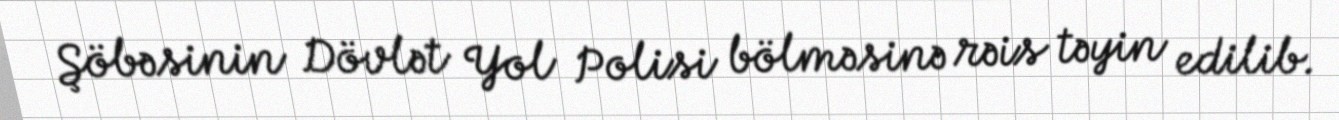
Şöbəsinin Dövlət Yol Polisi bölməsinə rəis təyin edilib.